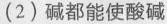
(2)碱都能使酸碱